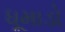
ધૂમાડો